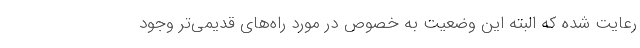
رعایت شده که البته این وضعیت به خصوص در مورد راه‌های قدیمی‌تر وجود